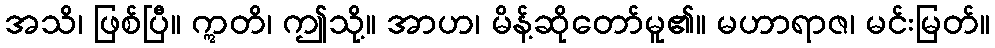
အသိ၊ ဖြစ်ပြီ။ ဣတိ၊ ဤသို့။ အာဟ၊ မိန့်ဆိုတော်မူ၏။ မဟာရာဇ၊ မင်းမြတ်။